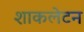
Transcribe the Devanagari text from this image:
शाकलेटन